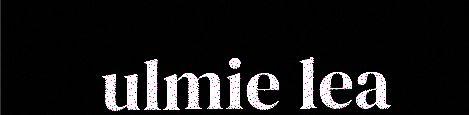
ulmie lea